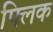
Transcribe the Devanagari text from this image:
फ्‍लिक